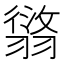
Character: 𦑸